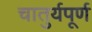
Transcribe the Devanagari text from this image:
चातुर्यपूर्ण